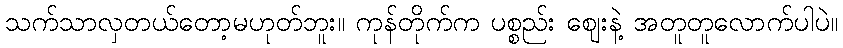
သက်သာလှတယ်တော့မဟုတ်ဘူး။ ကုန်တိုက်က ပစ္စည်း ဈေးနဲ့ အတူတူလောက်ပါပဲ။